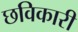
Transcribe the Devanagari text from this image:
छविकारी